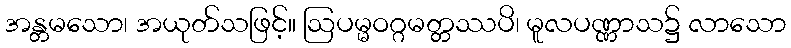
အန္တမသော၊ အယုတ်သဖြင့်။ ဩပမ္မဝဂ္ဂမတ္တဿပိ၊ မူလပဏ္ဏာသ၌ လာသော